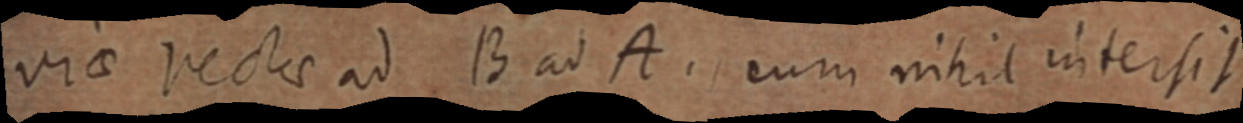
viae rectae ad B ad A. cum nihil intersit